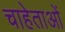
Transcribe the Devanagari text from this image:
चाहेताओं